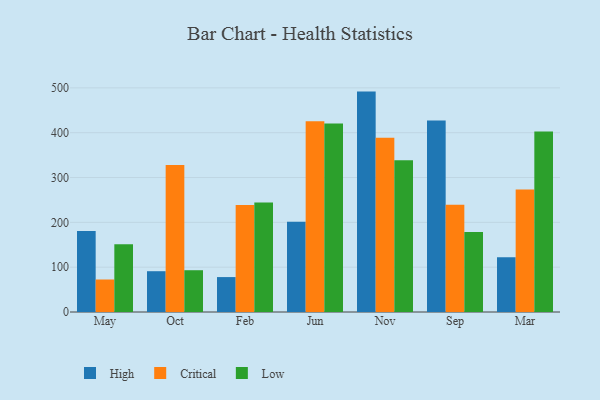
{"axis": {"x": "Month", "y": "Population (Million)"}, "legend": ["Critical", "High", "Low"], "data": [{"x": "May", "y": 180.7, "type": "High"}, {"x": "May", "y": 72.5, "type": "Critical"}, {"x": "May", "y": 150.9, "type": "Low"}, {"x": "Oct", "y": 91.0, "type": "High"}, {"x": "Oct", "y": 327.7, "type": "Critical"}, {"x": "Oct", "y": 93.2, "type": "Low"}, {"x": "Feb", "y": 77.9, "type": "High"}, {"x": "Feb", "y": 238.7, "type": "Critical"}, {"x": "Feb", "y": 244.2, "type": "Low"}, {"x": "Jun", "y": 201.5, "type": "High"}, {"x": "Jun", "y": 425.4, "type": "Critical"}, {"x": "Jun", "y": 420.7, "type": "Low"}, {"x": "Nov", "y": 491.7, "type": "High"}, {"x": "Nov", "y": 388.6, "type": "Critical"}, {"x": "Nov", "y": 338.3, "type": "Low"}, {"x": "Sep", "y": 427.3, "type": "High"}, {"x": "Sep", "y": 239.3, "type": "Critical"}, {"x": "Sep", "y": 178.4, "type": "Low"}, {"x": "Mar", "y": 122.3, "type": "High"}, {"x": "Mar", "y": 273.4, "type": "Critical"}, {"x": "Mar", "y": 402.7, "type": "Low"}]}